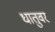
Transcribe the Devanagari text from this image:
धातुवर